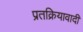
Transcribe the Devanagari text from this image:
प्रतक्रियावादी